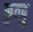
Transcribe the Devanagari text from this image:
कुतद्गु